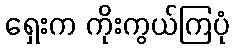
ရှေးက ကိုးကွယ်ကြပုံ